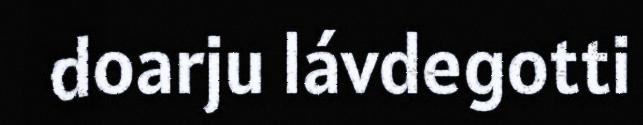
doarju lávdegotti